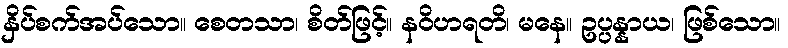
နှိပ်စက်အပ်သော။ စေတသာ၊ စိတ်ဖြင့်။ နဝိဟရတိ၊ မနေ။ ဥပ္ပန္နာယ၊ ဖြစ်သော။